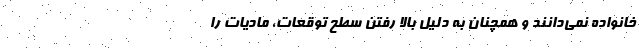
خانواده نمی‌دانند و همچنان به دلیل بالا رفتن سطح توقعات، مادیات را